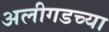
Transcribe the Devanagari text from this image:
अलीगडच्या